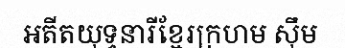
អតីតយុទ្ធនារីខ្មែរក្រហម ស៊ឹម